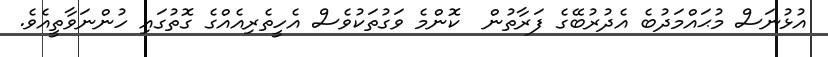
އުޅުނަސް މުޙައްމަދުބެ އެދުރުބޭގެ ފަރާތުން  ކޮންމެ ވަގުތަކުވެސް އެހީތެރިއެއްގެ ގޮތުގައި ހުންނަވާތީއެވެ.